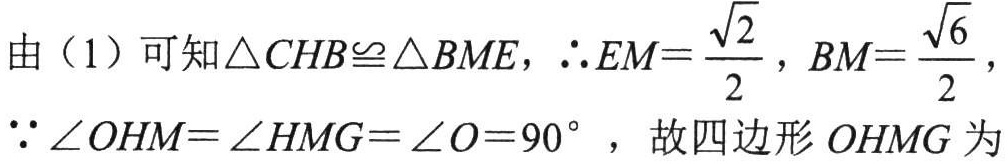
由（1）可知$\triangle CHB\cong\triangle BME$，$\therefore EM = \frac{\sqrt{2}}{2}$，$BM=\frac{\sqrt{6}}{2}$，

$\because\angle OHM=\angle HMG=\angle O = 90^{\circ}$，故四边形$OHMG$为